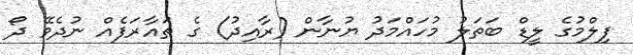
ފިލްމުގެ ލީޑް ބަތަލު މުހައްމަދު ޔުނާން (ރާއިދު) ގެ ތައާރަފެއް ނުދެވޭ ދޯ